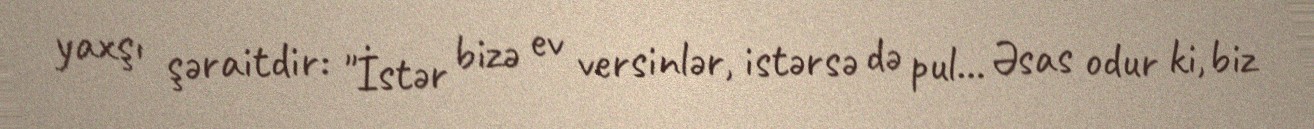
yaxşı şəraitdir: "İstər bizə ev versinlər, istərsə də pul... Əsas odur ki, biz